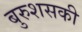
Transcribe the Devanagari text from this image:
बुरुशसकी